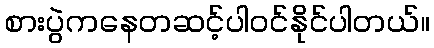
စားပွဲကနေတဆင့်ပါ၀င်နိုင်ပါတယ်။